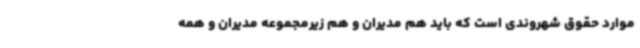
موارد حقوق شهروندی است که باید هم مدیران و هم زیرمجموعه مدیران و همه